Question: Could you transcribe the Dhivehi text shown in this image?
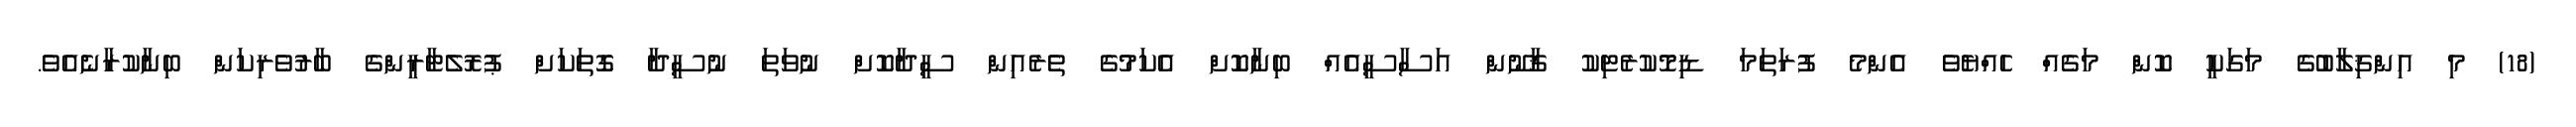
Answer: (18) މި އިންޤިލާބުގެ މަގަކީ ކޮން މަގެއް ހެއްޔެވެ އެންމެ ފުރަތަމަ ޑިމޮކުރެޓިކު ޤާނޫން އަސާސީއެއް ބިނާކޮށް އެކަމުގެ ތެރެއިން ސީދާކޮށް ނުވަތަ ނުސީދާ ގޮތަކަށް ޕުރޮލެޓާރީންގެ ބާރުވެރިކަން ބިނާކުރާނެއެވެ.